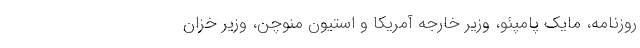
روزنامه، مایک پامپئو، وزیر خارجه آمریکا و استیون منوچن، وزیر خزان